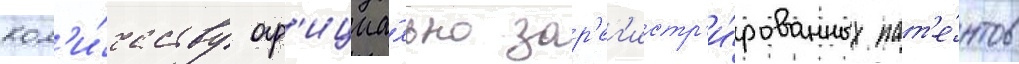
кол'и́честву оф'ициа́льно зар'ег'истр'и́рованных пат'е́нтов